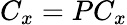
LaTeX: C_{x}=PC_{x}